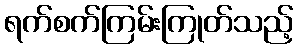
ရက်စက်ကြမ်းကြုတ်သည့်